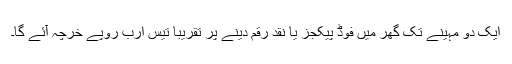
ایک دو مہینے تک گھر میں فوڈ پیکجز یا نقد رقم دینے پر تقریباً تیس ارب روپے خرچہ آئے گا۔